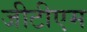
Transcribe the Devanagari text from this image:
जीटीएम